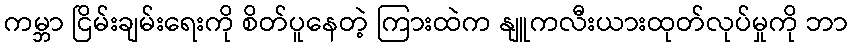
ကမ္ဘာ ငြိမ်းချမ်းရေးကို စိတ်ပူနေတဲ့ ကြားထဲက နျူကလီးယားထုတ်လုပ်မှုကို ဘာ